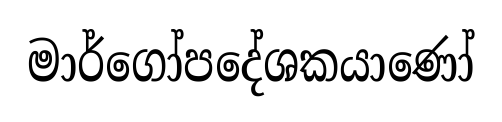
මාර්ගෝපදේශකයාණෝ